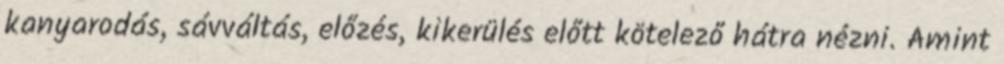
kanyarodás, sávváltás, előzés, kikerülés előtt kötelező hátra nézni. Amint